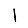
Digit: 1